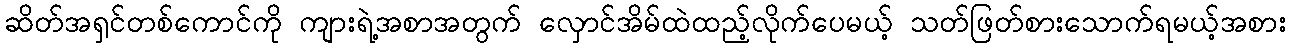
ဆိတ်အရှင်တစ်ကောင်ကို ကျားရဲ့အစာအတွက် လှောင်အိမ်ထဲထည့်လိုက်ပေမယ့် သတ်ဖြတ်စားသောက်ရမယ့်အစား